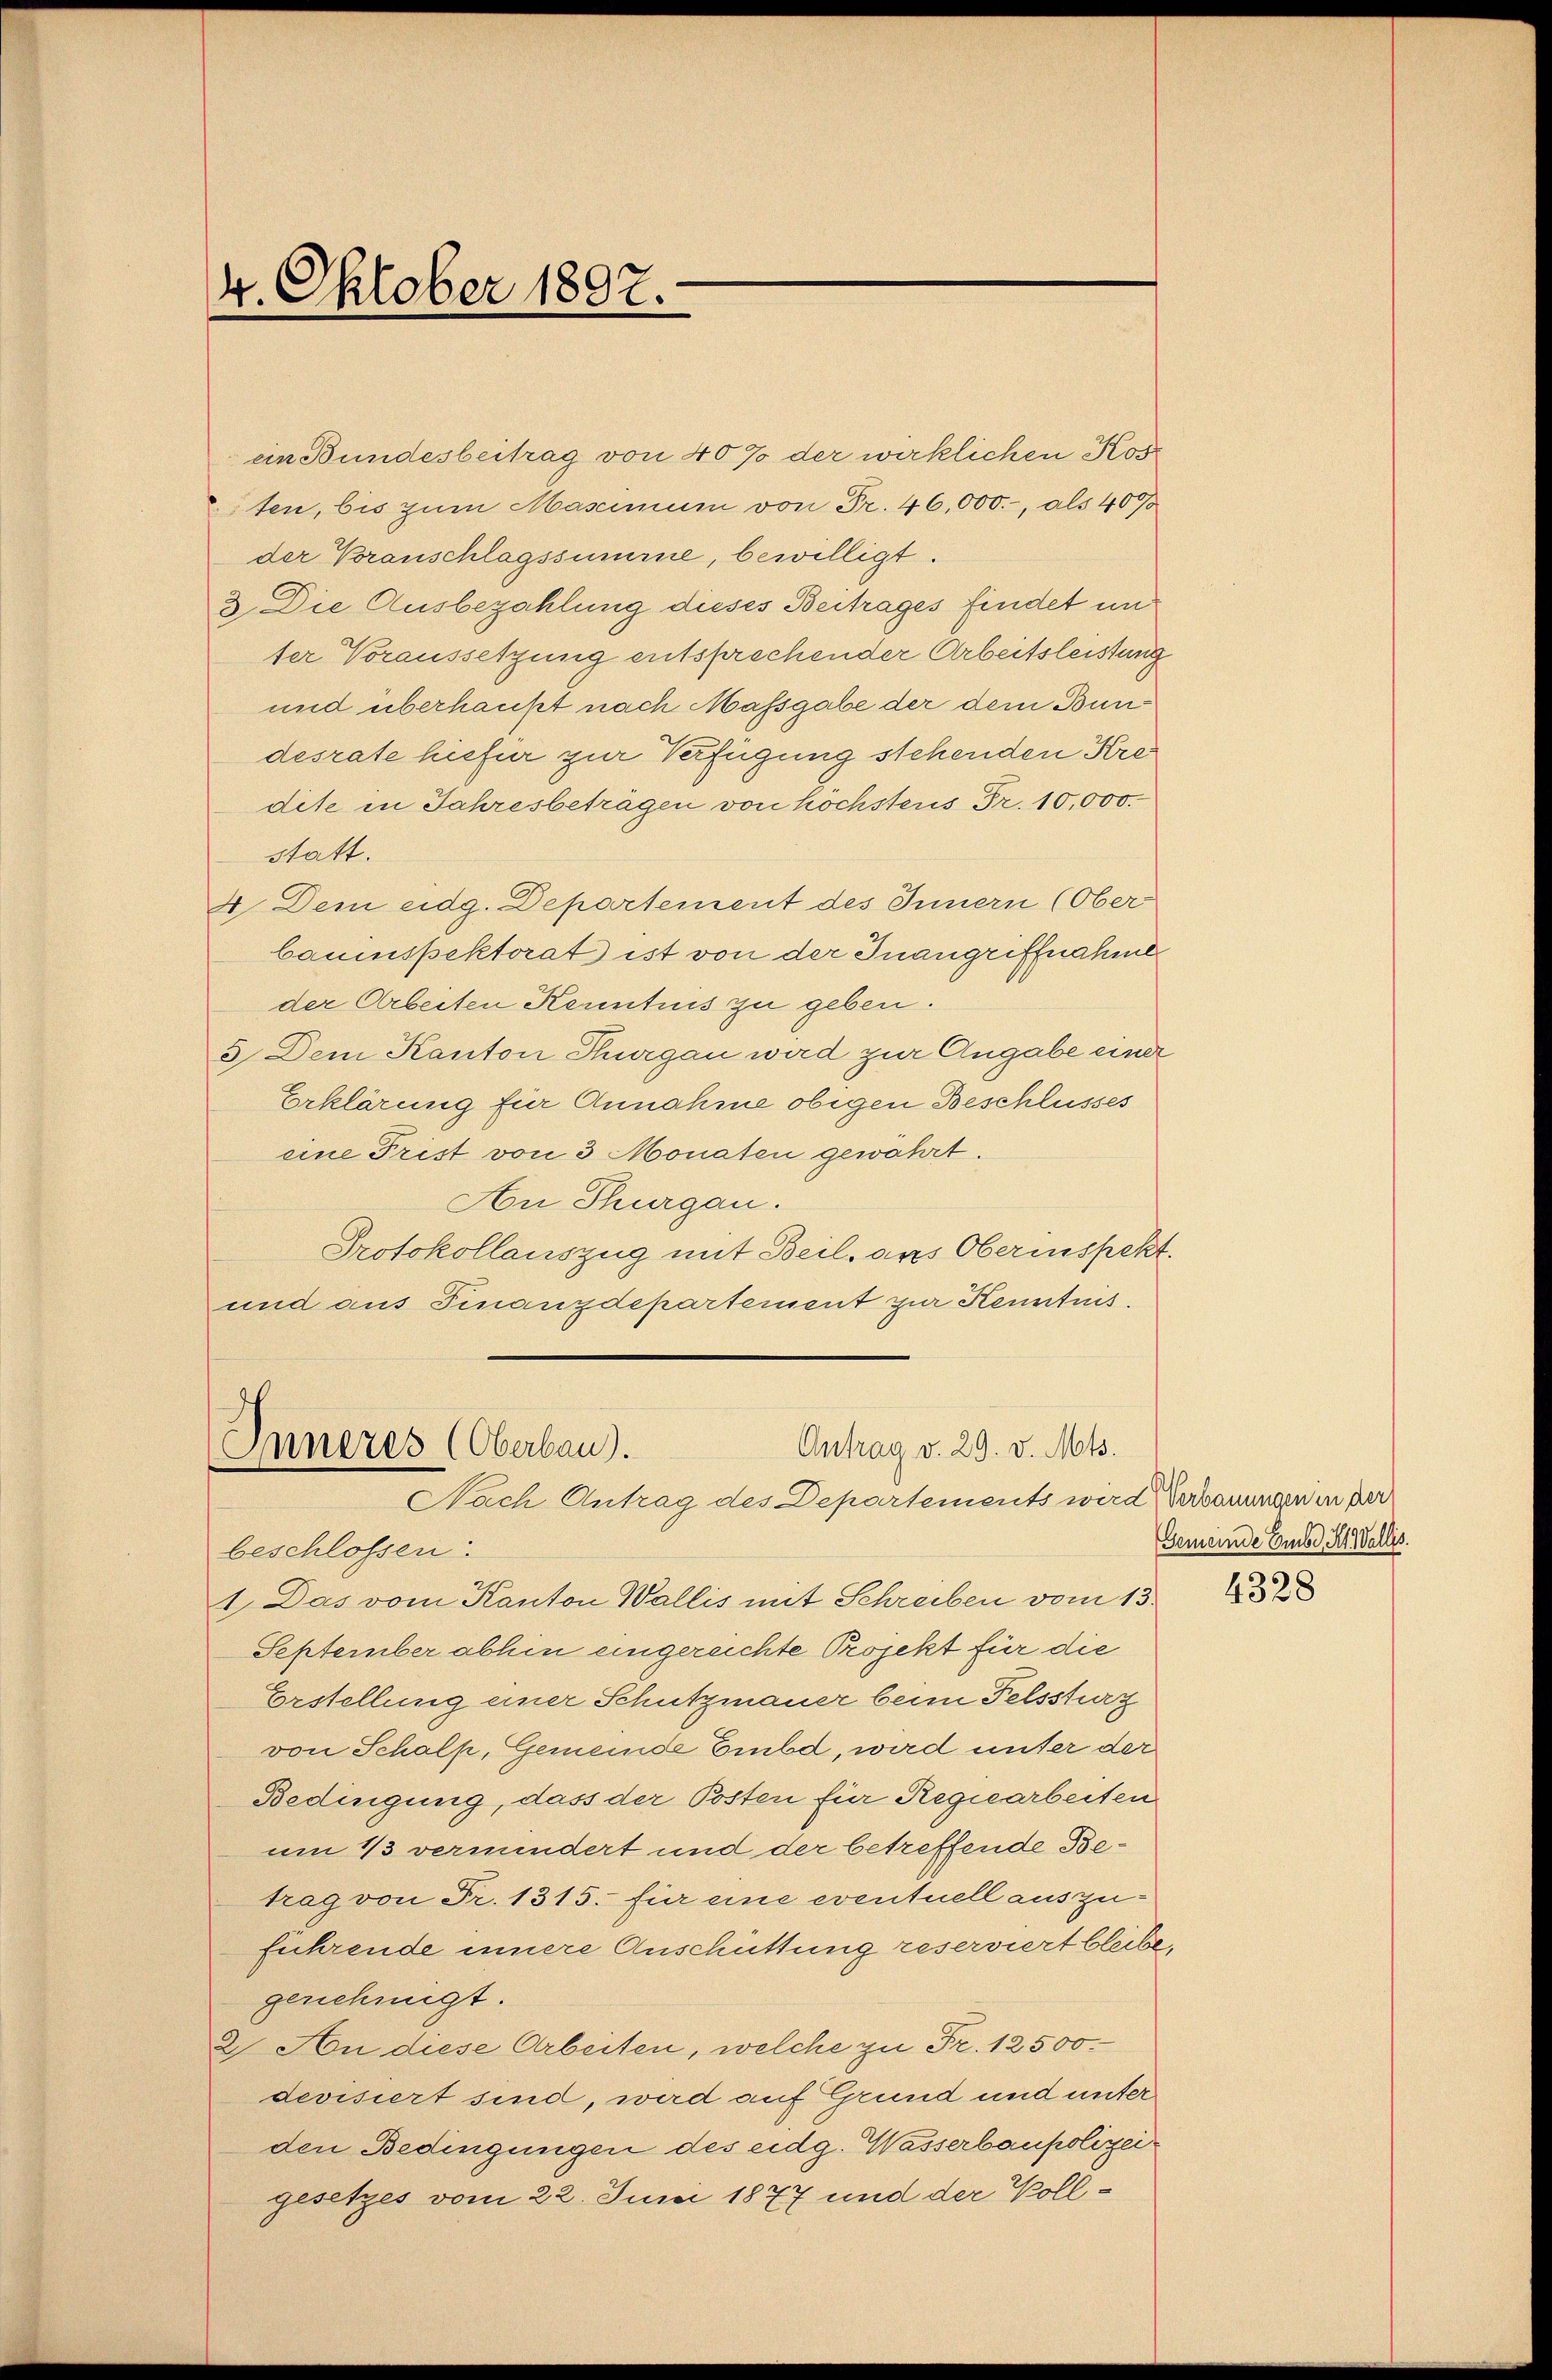
4. Oktober 1892.

an Bundesbeitrag von 40% der wirklichen Kost
sten, bis zum Mascimum von Fr. 46,000.-, als 40%
der Voranschlagssumme, bewilligt.
3. Die Ausbezahlung dieses Beitrages findet und
ter Voraussetzung entsprechender Arbeitsleistung
und überhaupt nach Massgabe der dem Bundesrate hiefür zur Verfügung stehenden Krei
dite in Jahresbeträgen von höchstens Fr. 10,000.
statt.
4. Dem eidg. Departement des Innern (Ober
bauinspektorat ist von der Inangriffnahme
der Arbeiten Kenntnis zu geben.
5 Dem Kanton Thurgau wird zur Angabe einer
Erklärung für Annahme obigen Beschlusses
eine Frist von 3 Monaten gewährt.
An Thurgau.
Protokollauszug mit Beil, ans Oberinspekt.
und aus Finanzdepartement zur Kenntnis¬

Antrag v. 29. v. Mts.
Inneres (Oberbau).
Nach Antrag des Departements wird Verbauungen in der

beschlossen:
1. Das vom Kanton Wallis mit Schreiben vom 13. 858
September abhin eingereichte Projekt für die
Erstellung einer Schutzmauer beim Felssturz
von Schalp, Gemeinde Embd, wird unter der
Bedingung, dass der Posten für Regiearbeiten
um 13 vermindert und der betreffende Betrag von Fr. 1315. für eine eventuell auszuführende innere Anschüttung reserviert bleibe,
genehmigt.
2 An diese Arbeiten, welche zu Fr. 12500.
devisiert sind, wird auf Grund und unter
den Bedingungen des eidg. Wasserbaupolizeigesetzes vom 22. Juni 1877 und der Voll¬

Gemeinde Embe H. Vallis.